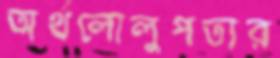
অর্থলোলুপতার